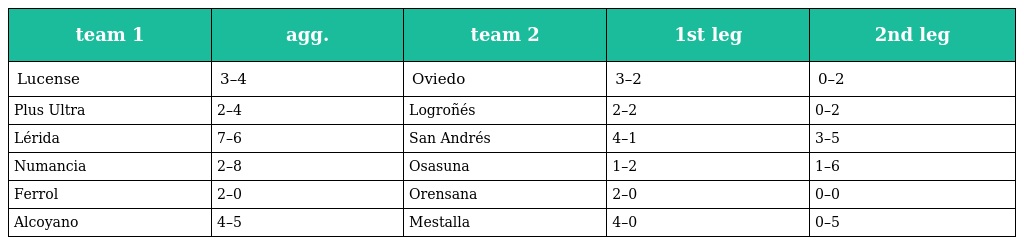
| team 1 | agg. | team 2 | 1st leg | 2nd leg |
 | --- | --- | --- | --- | --- |
 | Lucense | 3–4 | Oviedo | 3–2 | 0–2 |
 | Plus Ultra | 2–4 | Logroñés | 2–2 | 0–2 |
 | Lérida | 7–6 | San Andrés | 4–1 | 3–5 |
 | Numancia | 2–8 | Osasuna | 1–2 | 1–6 |
 | Ferrol | 2–0 | Orensana | 2–0 | 0–0 |
 | Alcoyano | 4–5 | Mestalla | 4–0 | 0–5 |